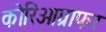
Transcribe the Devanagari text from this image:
कोरिओग्राफर